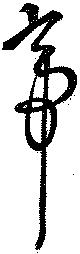
帝